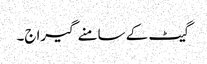
گیٹ کے سامنے گیراج۔